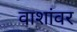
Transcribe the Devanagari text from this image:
वाशांवर